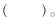
()。